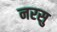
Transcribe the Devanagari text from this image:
नरसु